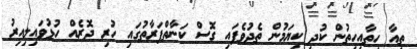
ތިއާ ހިތާއިހިތުން ކުދި ކިޔަމުން ތެދުވެފައި ގޮސް ކަނާތްފަރާތުގައި ހުރި ދޮރެއް ހުޅުވައިލިއިރު